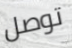
توصل